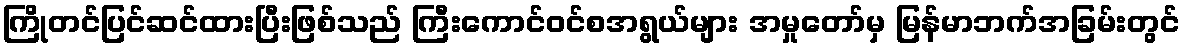
ကြိုတင်ပြင်ဆင်ထားပြီးဖြစ်သည် ကြီးကောင်ဝင်စအရွယ်များ အမှုတော်မှ မြန်မာဘက်အခြမ်းတွင်